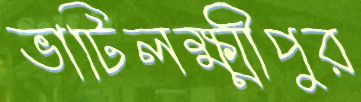
ভাটিলক্ষ্মীপুর